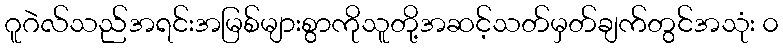
ဂူဂဲလ်သည်အရင်းအမြစ်များစွာကိုသူတို့အဆင့်သတ်မှတ်ချက်တွင်အသုံး ၀